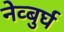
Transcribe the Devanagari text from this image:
नेव्बुर्घ